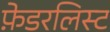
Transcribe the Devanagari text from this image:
फ़ेडरलिस्ट